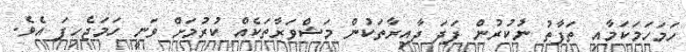
ހަމަހަމަކަމާއި ތަފާތު ނުކުރުން ފަދަ ދާއިރާތަކުން މަޝްވަރާތަކެއް ކުރުމަށް ވަނީ ހަމަޖެހިފަ އެވެ.